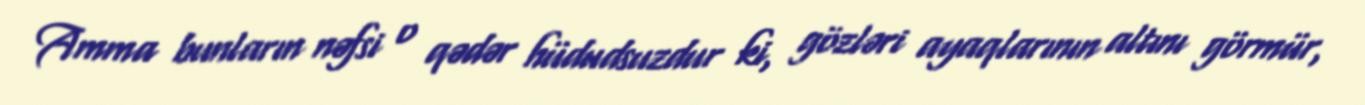
Amma bunların nəfsi o qədər hüdudsuzdur ki, gözləri ayaqlarının altını görmür,